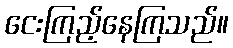
ငေးကြည့်နေကြသည်။